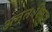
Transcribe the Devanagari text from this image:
अन्तःशिराभ